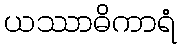
ယဿာဓိကာရံ